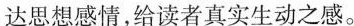
达思想感情,给读者真实生动之感。